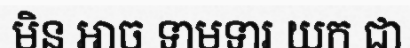
មិន អាច ទាមទារ យក ជា